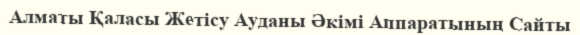
Алматы Қаласы Жетісу Ауданы Әкімі Аппаратының Сайты